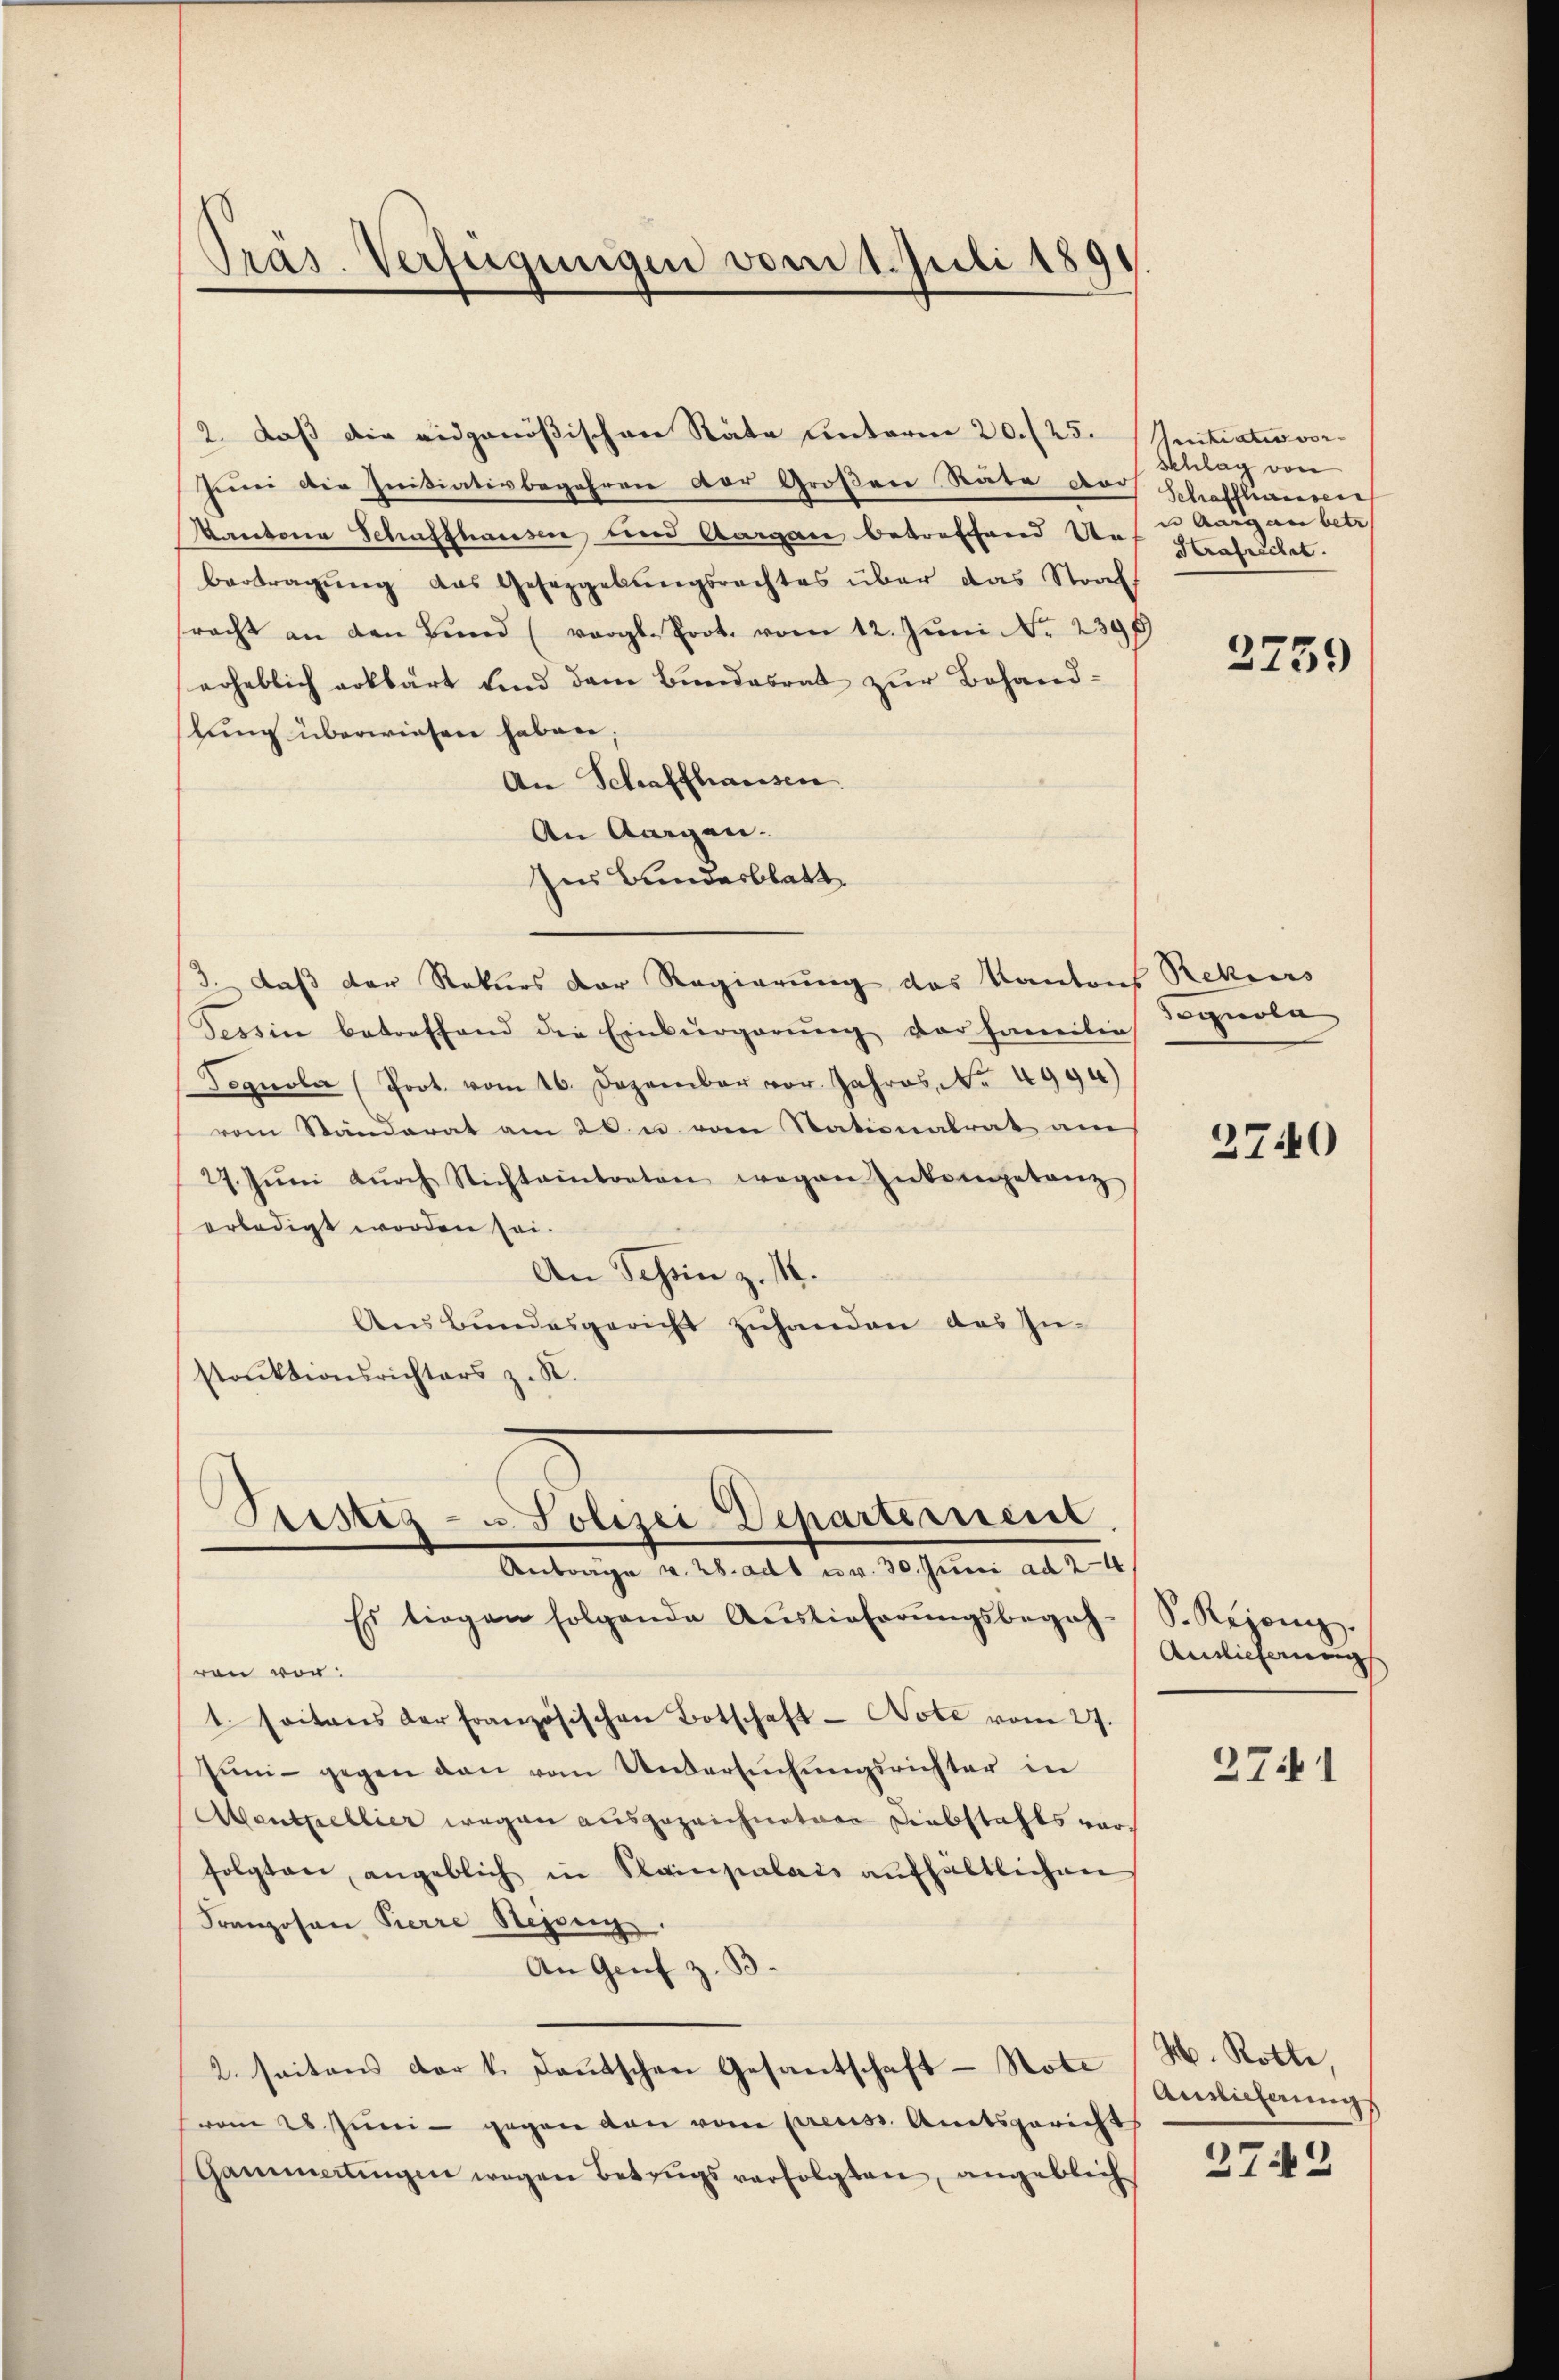
Präs. Verfügungen vom 1. Juli 1891

2. daß die eidgenößischen Räte unterm 20./25. Initiativ vor¬
Juni die Initiativbegehren der Großen Rate ders
Kantone Schusshausen und Aargau betreffend Urbertragŭng das Gesezgebungsrechtes über das Straf
pracht an den Bŭnd (vergl. Prot. vom 12. Jŭni . 2398
erheblich erklärt sind dem Bundesrat zur Behandlung überwiesen haben;
An Schaffhausen.
An Aargau.
Im Bundesblatt
/3. daß der Rekurs der Regierung des Kantons Rekurs
Tessin betreffend die Einbürgerŭng der Familie Synola
Degnola (Prot. vom 26. Dezember vor Jahres, No 499)
vom Ständerat am 20. u vom Stationalrat am
27. Jŭni dŭrch Nichteintreten wegen Intengetanz
erledigt worden sei.
An Schön z. M.
Aus Bundesgericht zuhanden das In-
struktionsrichters z. B.

Tristiz- u Polizei Departement
Antrage v. 28. ad u. v. 30. Juni ad 24

Es liegen folgende Auslieferungsbegehren vor:
1. Seitens der Französischen Botschaft - Note vom 27.
Jŭni gegen den vom Untersŭchŭngsrichter in
Abentheblier wegen ausgezeichnetere Diebstahls vorfolgten, angeblich in Rainpalais aŭfhältlichen
Franzosen Pierre Stejong.
An Genf z. B
2. seitens der v. deutschen Gesantschaft - Note
vom 28. Jŭni - gegen den vom preuss. Amtsgerichts
Gammertungen wegen Betrugsverfolgten, angeblich

Schlag von
Schaffhausen
n Aargau betr
Hrafrechet.

2759

2740

S. Rejenig.
Ainlicherung

2741

H. Rotte,
Auslicherungs

2742